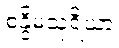
စန္ဒိမသုရိယာ